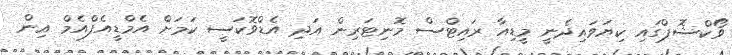
ވޯކްޝޮޕްގައި ކިޔަވައިދެނީ މީޑިއާ ރައިޓްސް މޮނިޓަރިން އަދި އެޑްވޮކަސީ ކަމަށް އެމްޑީއެފްއެމް އިން